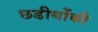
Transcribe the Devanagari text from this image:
छडीयोंकी